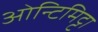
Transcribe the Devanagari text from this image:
ओन्टिमिट्टा